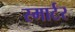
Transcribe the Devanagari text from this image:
स्मार्टर